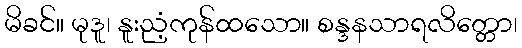
မိခင်။ မုဒူ၊ နူးညံ့ကုန်ထသော။ စန္ဒနသာရလိတ္တော၊